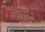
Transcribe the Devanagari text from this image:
मेंगेले